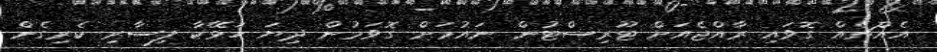
އެއްޗެއް ގޮވައި ރާއްޖެއަށް ޓޫރިސްޓުން ނައުމަށް ގޮވަމުން ދިޔަ ހަޅޭކާ ފިސާރި ކެރިގެން